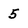
Character: 5